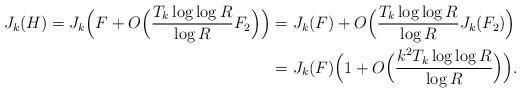
LaTeX: \begin{align*}J_k(H)=J_k\Bigl(F+O\Bigl(\frac{T_k\log\log{R}}{\log{R}}F_2\Bigr)\Bigr)&=J_k(F)+O\Bigl(\frac{T_k\log\log{R}}{\log{R}}J_k(F_2)\Bigr)\\&=J_k(F)\Bigl(1+O\Bigl(\frac{k^2T_k\log\log{R}}{\log{R}}\Bigr)\Bigr).\end{align*}